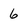
Character: 6